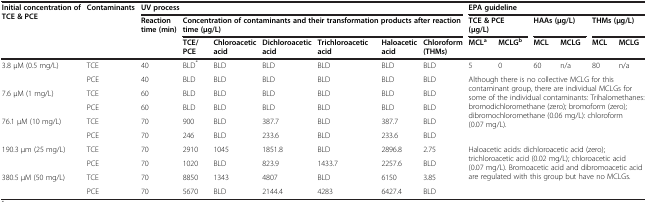
| Initial concentration of TCE & PCE | Contaminants | <COLSPAN=7> UV process | <COLSPAN=6> EPA guideline |
 |  |  | Reaction time (min) | <COLSPAN=6> Concentration of contaminants and their transformation products after reaction time (μg/L) | <COLSPAN=2> TCE & PCE (μg/L) | <COLSPAN=2> HAAs (μg/L) | <COLSPAN=2> THMs (μg/L) |
 |  |  |  | TCE/PCE | Chloroacetic acid | Dichloroacetic acid | Trichloroacetic acid | Haloacetic acid | Chloroform(THMs) | MCLa | MCLGb | MCL | MCLG | MCL | MCLG |
 | --- | --- | --- | --- | --- | --- | --- | --- | --- | --- | --- | --- | --- | --- | --- |
 | <ROWSPAN=2> 3.8 μM (0.5 mg/L) | TCE | 40 | BLD* | BLD | BLD | BLD | BLD | BLD | 5 | 0 | 60 | n/a | 80 | n/a |
 | PCE | 40 | BLD | BLD | BLD | BLD | BLD | BLD | <ROWSPAN=5-COLSPAN=6> Although there is no collective MCLG for this contaminant group, there are individual MCLGs for some of the individual contaminants: Trihalomethanes: bromodichloromethane (zero); bromoform (zero); dibromochloromethane (0.06 mg/L): chloroform (0.07 mg/L). |
 | <ROWSPAN=2> 7.6 μM (1 mg/L) | TCE | 60 | BLD | BLD | BLD | BLD | BLD | BLD |
 | PCE | 60 | BLD | BLD | BLD | BLD | BLD | BLD |
 | <ROWSPAN=2> 76.1 μM (10 mg/L) | TCE | 70 | 900 | BLD | 387.7 | BLD | 387.7 | BLD |
 | PCE | 70 | 246 | BLD | 233.6 | BLD | 233.6 | BLD |
 | <ROWSPAN=2> 190.3 μm (25 mg/L) | TCE | 70 | 2910 | 1045 | 1851.8 | BLD | 2896.8 | 2.75 | <ROWSPAN=4-COLSPAN=6> Haloacetic acids: dichloroacetic acid (zero); trichloroacetic acid (0.02 mg/L); chloroacetic acid (0.07 mg/L). Bromoacetic acid and dibromoacetic acid are regulated with this group but have no MCLGs. |
 | PCE | 70 | 1020 | BLD | 823.9 | 1433.7 | 2257.6 | BLD |
 | 380.5 μM (50 mg/L) | TCE | 70 | 8850 | 1343 | 4807 | BLD | 6150 | 3.85 |
 |  | PCE | 70 | 5670 | BLD | 2144.4 | 4283 | 6427.4 | BLD |